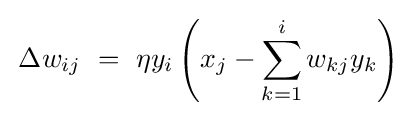
\,\Delta w_{ij}~=~\eta y_{i}\left(x_{j}-\sum _{k=1}^{i}w_{kj}y_{k}\right)